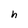
Character: h